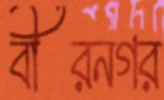
বীরনগর